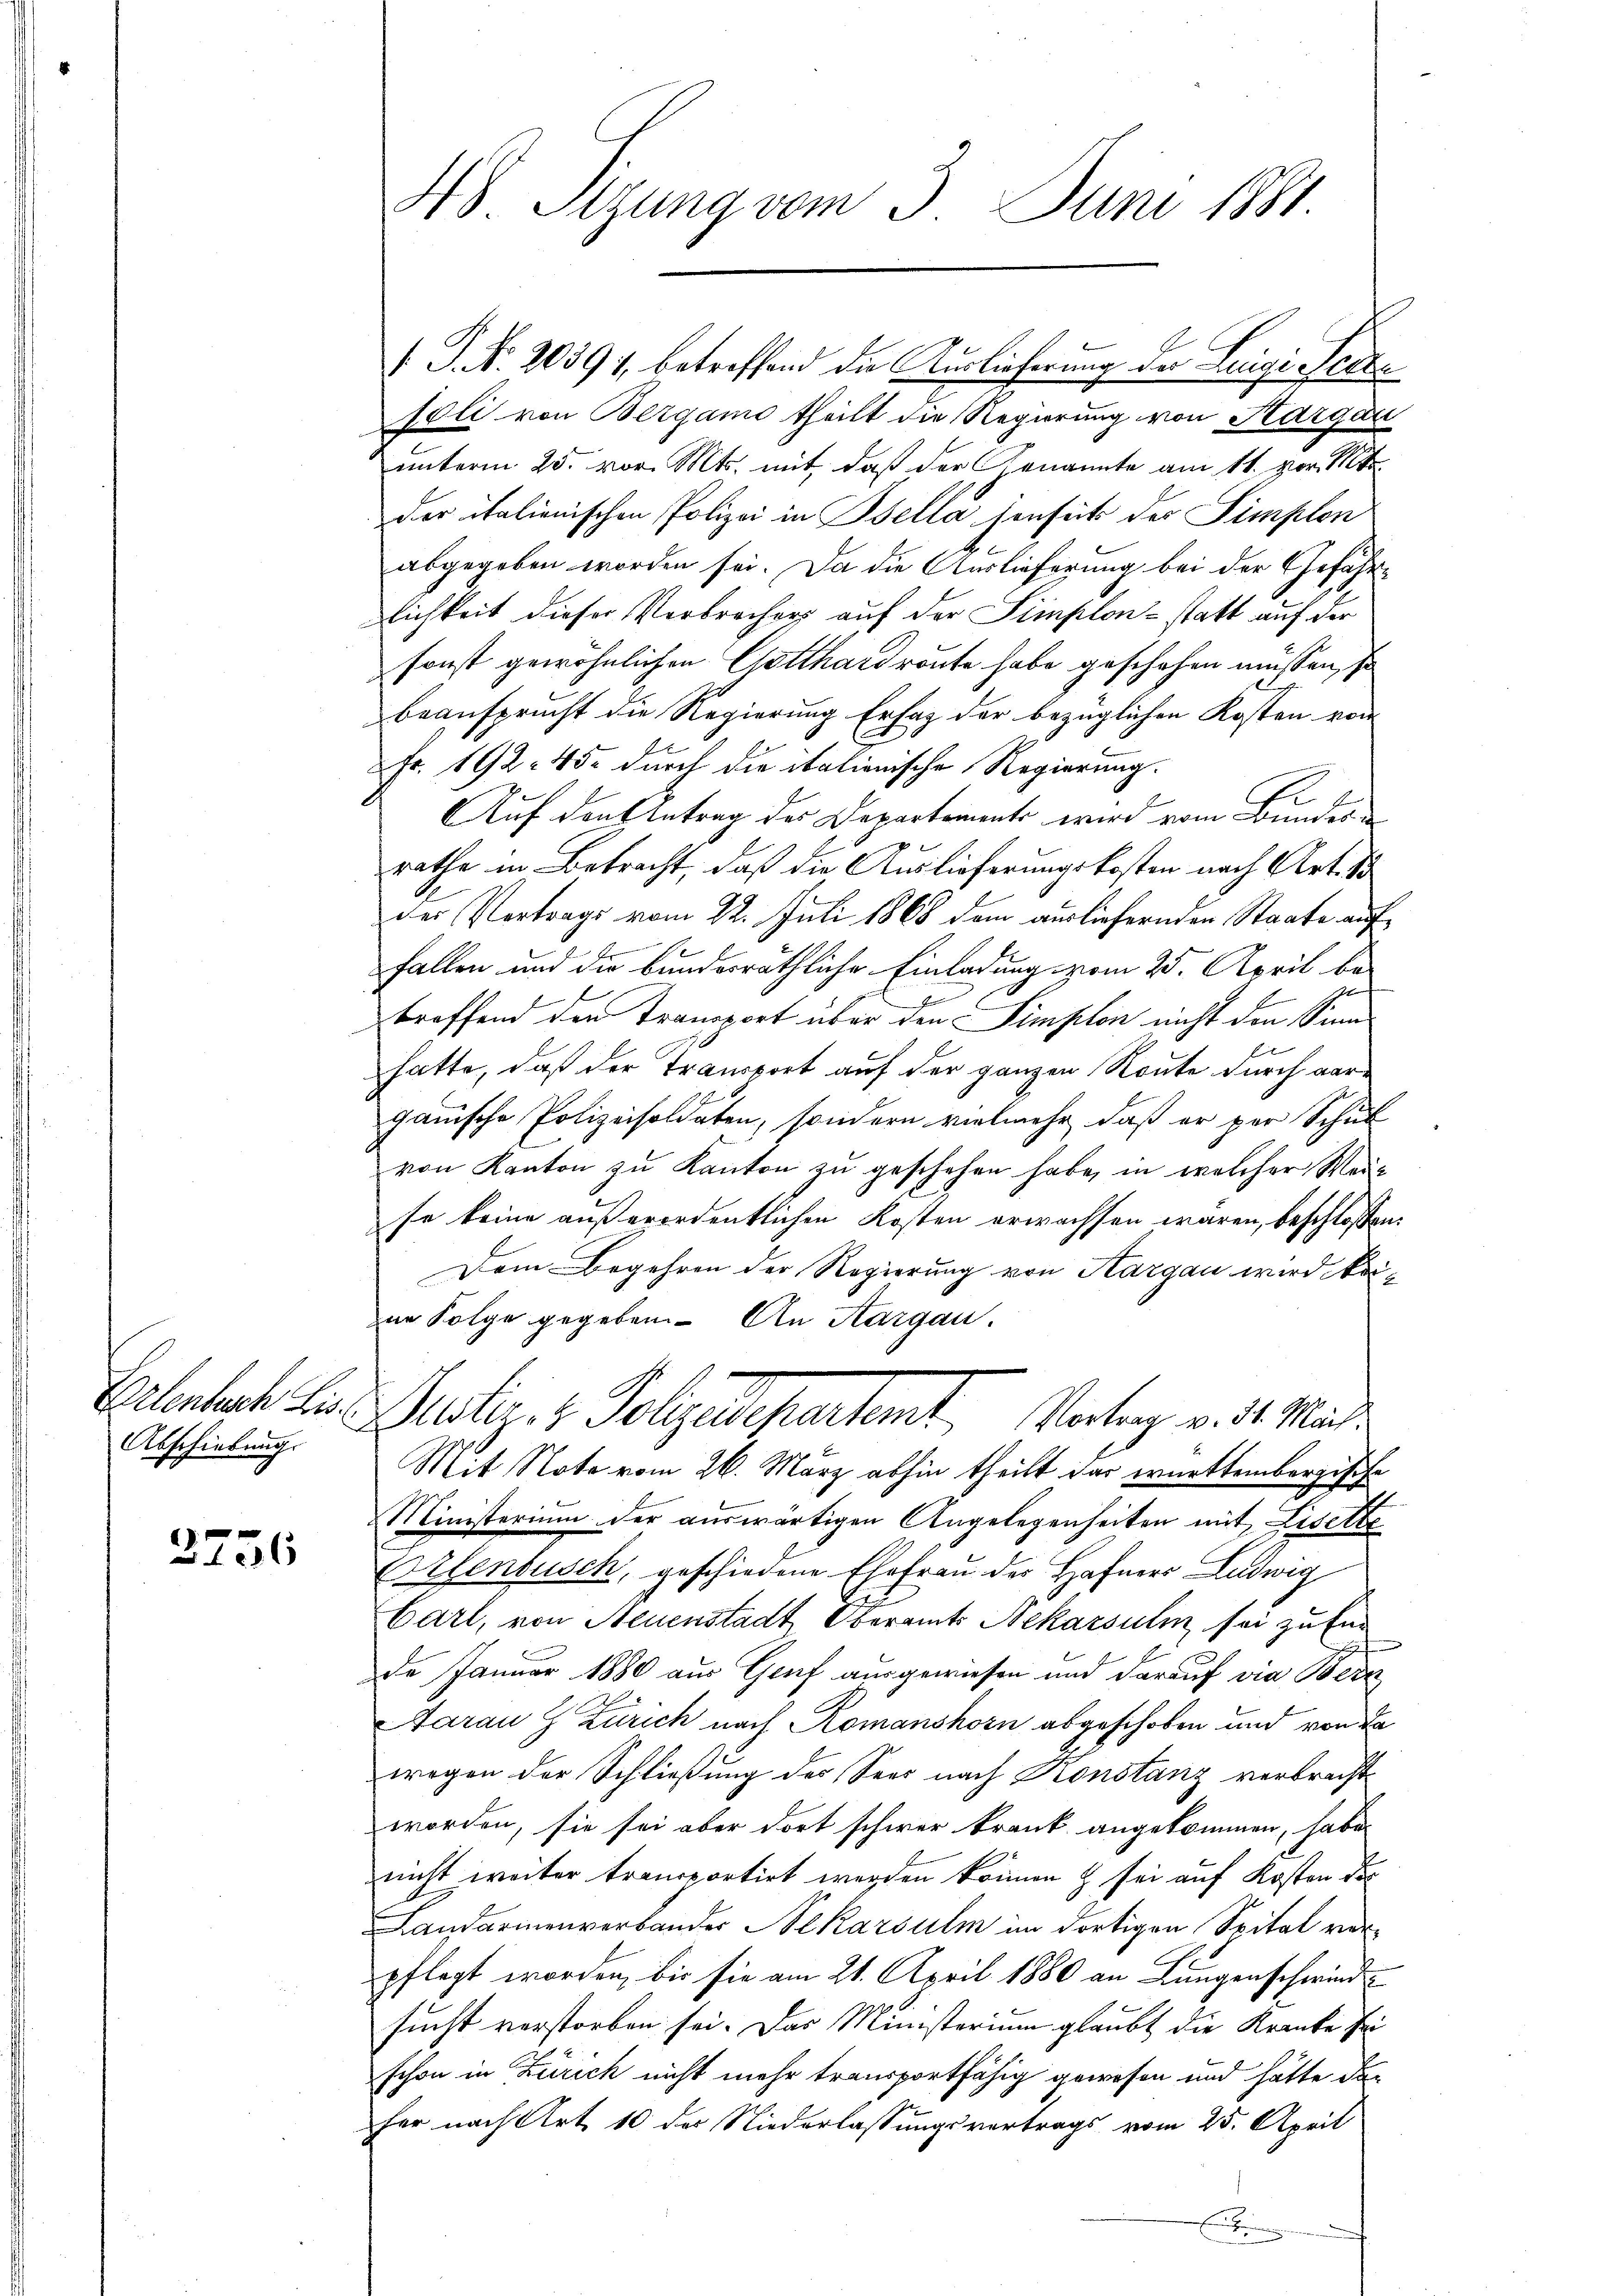
Abschiebung.

3736

. P. Nr. 20391, betreffend die Auslieferung der Luigi Peezsoli von Bergamo theilt die Regierung von Aargau
unterm 25. vor. Mts. mit, daß der Genannte am 11. vor. Mt
der italienischen Polizei in Bella denseits der Simplen
abgegeben worden sei. Da die Auslieferung bei der Gefährlichkeit dieser Verbrecher auf der Simplon - statt auf der
sonst gewöhnlichen Gotthardroute habe geschehen müssen, so
beansprucht die Regierung Erfaz der bezüglichen Kosten von
Fr. 192. 45. durch die italionische Regierung.
1
E
Auf denktetrag des Departements wird vom Bundes
rathe in Betracht, daß die Auslieferungskosten nach Art. 18
der Vortrags vom 22. Juli 1868 dem ausliefernden Staate auf¬
.
fallen und die bunderräthliche Einladung vom 25. April be
troffend den Transport über den Simplon nicht den Sinn
hatte, daß der Transport auf der ganzen Route durch vorganische Polizeisoldaten, sondern vielmehr, daß er per Schul
von Kanton zŭ Kanton zŭ geschehen habe, in welcher Weise keine außerordentlichen Kosten erwachsen wären, beschlossen:
Dem Begehren der Regierung von Aargau wird keiin Folge gegeben. An Aargau.
Erlenbach hier unter- & Polizeidepartamt Vortrag v. d. Mich.
Mit Note vom 26. März abhin theilt das württembergische
Ministerium der auswärtigen Angelegenheiten mit Liselte
Ortenbusch, geschiedene Ehefrau der Hafner Ludwig
Carl, von Neuenstadt Oberamts Nekarsuli, sei zu fin
de Januar 1880 aus Graf ausgewiesen und darauf vie Bere
Aarau Zürich nach Romanshorn abgeschoben und von La
wegen der Schließung des Sees nach Kronstanz verbrecht
worden, sie sei aber dort schwer krank angekommen, habe.
nicht weiter transportirt werden können & sei auf Kosten dor
Landarmenverbander Nekarsum im dortigen Spital verpflegt worden, bis sie am 21. April 1880 an Lungenschwind
sucht verstorben sei. Das Ministerium glaubt die Kranke Eri
schon in Zürich nicht mehr transportfähig gewesen und hätte dan
fer nach Art. 10 der Niederlassungsvertrags vom 25. April
e

48 Sizung vom 3. Juni 1881